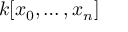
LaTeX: k [ x _ { 0 } , \dots , x _ { n } ]